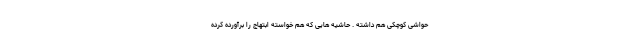
حواشی کوچکی هم داشته . حاشیه هایی که هم خواسته ابتهاج را برآورده کرده